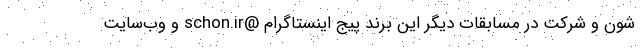
شون و شرکت در مسابقات دیگر این برند پیج اینستاگرام @schon.ir و وب‌سایت